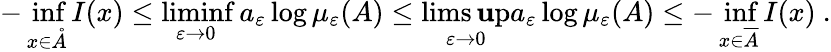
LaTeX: -\operatorname*{inf}_{x\in\mathring{A}}I(x)\leq\operatorname*{liminf}_{\varepsilon\rightarrow0}a_{\varepsilon}\log\mu_{\varepsilon}(A)\leq\operatorname*{lims\mathbf{u}p}_{\varepsilon\rightarrow0}a_{\varepsilon}\log\mu_{\varepsilon}(A)\leq-\operatorname*{inf}_{x\in\overline{{{A}}}}I(x)\ .